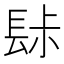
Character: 䦊